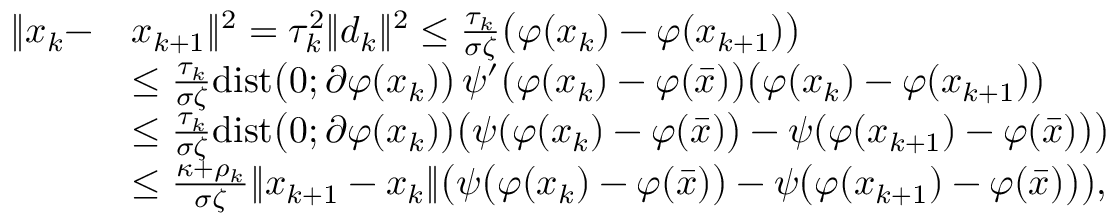
\begin{array} { r l } { \| x _ { k } - } & { x _ { k + 1 } \| ^ { 2 } = \tau _ { k } ^ { 2 } \| d _ { k } \| ^ { 2 } \leq \frac { \tau _ { k } } { \sigma \zeta } \big ( \varphi ( x _ { k } ) - \varphi ( x _ { k + 1 } ) \big ) } \\ & { \leq \frac { \tau _ { k } } { \sigma \zeta } \mathrm { d i s t } \big ( 0 ; \partial \varphi ( x _ { k } ) \big ) \, \psi ^ { \prime } \big ( \varphi ( x _ { k } ) - \varphi ( \bar { x } ) \big ) \big ( \varphi ( x _ { k } ) - \varphi ( x _ { k + 1 } ) \big ) } \\ & { \leq \frac { \tau _ { k } } { \sigma \zeta } \mathrm { d i s t } \big ( 0 ; \partial \varphi ( x _ { k } ) \big ) \big ( \psi ( \varphi ( x _ { k } ) - \varphi ( \bar { x } ) \big ) - \psi ( \varphi ( x _ { k + 1 } ) - \varphi ( \bar { x } ) \big ) \big ) } \\ & { \leq \frac { \kappa + \rho _ { k } } { \sigma \zeta } \| x _ { k + 1 } - x _ { k } \| \big ( \psi \big ( \varphi ( x _ { k } ) - \varphi ( \bar { x } ) \big ) - \psi \big ( \varphi ( x _ { k + 1 } ) - \varphi ( \bar { x } ) \big ) \big ) , } \end{array}